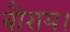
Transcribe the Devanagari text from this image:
बौराय।